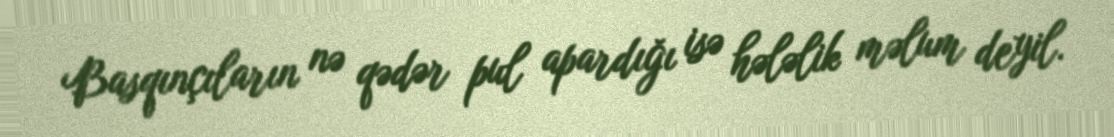
Basqınçıların nə qədər pul apardığı isə hələlik məlum deyil.